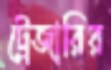
ট্রেজারির